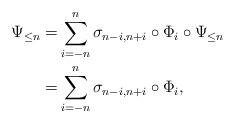
LaTeX: \begin{align*} \Psi_{\leq n} = & \sum_{i = -n}^n \sigma_{ n-i , n+i } \circ \Phi_{i} \circ \Psi_{\leq n}\\ = & \sum_{i = -n}^n \sigma_{ n-i, n+i } \circ \Phi_{i}, \end{align*}